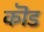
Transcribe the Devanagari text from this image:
कॊड